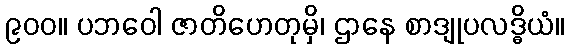
၉၀၀။ ပဘဝေါ ဇာတိဟေတုမှိ၊ ဌာနေ စာဒျုပလဒ္ဓိယံ။